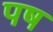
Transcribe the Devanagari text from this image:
पष